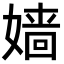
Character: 嫱